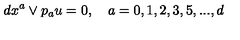
d x ^ { a } \vee p _ { a } u = 0 , \quad a = 0 , 1 , 2 , 3 , 5 , . . . , d